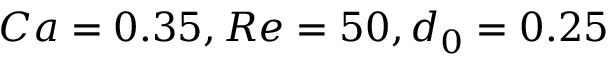
C a = 0 . 3 5 , R e = 5 0 , d _ { 0 } = 0 . 2 5